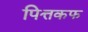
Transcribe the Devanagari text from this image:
पित्तकफ